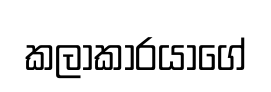
කලාකාරයාගේ